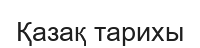
Қазақ тарихы